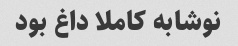
نوشابه کاملا داغ بود